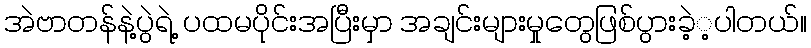
အဲဗာတန်နဲ့ပွဲရဲ့ ပထမပိုင်းအပြီးမှာ အချင်းများမှုတွေဖြစ်ပွားခဲ့့ပါတယ်။